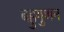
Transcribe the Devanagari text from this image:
बहुगुणन